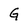
Character: G